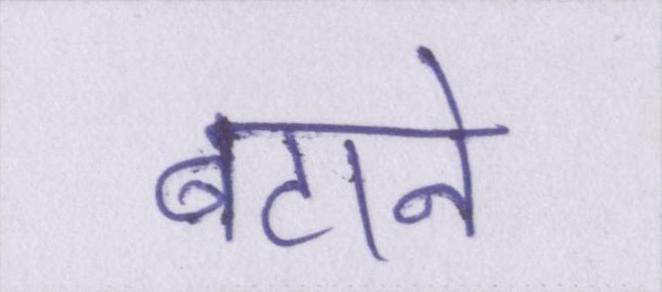
बटाने